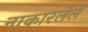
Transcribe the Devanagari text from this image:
नाकारलेले